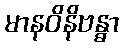
မာနဝိနိဗန္ဓာ